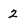
Character: 2